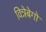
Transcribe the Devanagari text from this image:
विन्नेबेगो